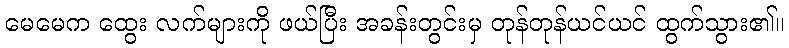
မေမေက ထွေး လက်များကို ဖယ်ပြီး အခန်းတွင်းမှ တုန်တုန်ယင်ယင် ထွက်သွား၏။